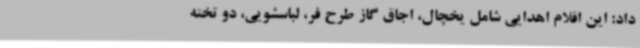
داد: این اقلام اهدایی شامل یخچال، اجاق گاز طرح فر، لباسشویی، دو تخته